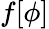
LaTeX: f[\phi]